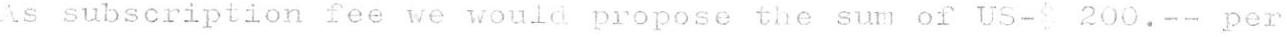
As subscription fee we would propose the sum of US-$ 200.-- per